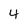
Character: 4